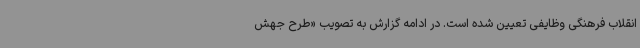
انقلاب فرهنگی وظایفی تعیین شده است. در ادامه گزارش به تصویب «طرح جهش